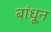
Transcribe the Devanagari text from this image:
बांधू्न